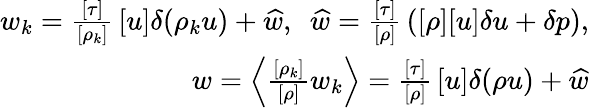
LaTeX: \begin{array}{r}{w_{k}=\frac{[\tau]}{[\rho_{k}]}\, [u]\delta(\rho_{k}u)+\widehat{w},\ \ \widehat{w}=\frac{[\tau]}{[\rho]}\, ([\rho][u]\delta u+\delta p),}\\ {w=\Big\langle\frac{[\rho_{k}]}{[\rho]}w_{k}\Big\rangle=\frac{[\tau]}{[\rho]}\, [u]\delta(\rho u)+\widehat{w}}\end{array}